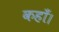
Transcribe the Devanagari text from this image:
कहाँ।